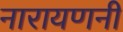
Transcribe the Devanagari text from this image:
नारायणनी